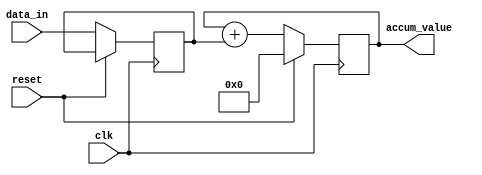
module accumulator(
    input wire clk,
    input wire reset,
    input wire [31:0] data_in,
    output reg [31:0] accum_value
);

reg [31:0] adder_input;
reg [31:0] accum_reg;

always @(posedge clk) begin
    if (reset) begin
        accum_reg <= 32'h00000000;
    end else begin
        adder_input <= data_in;
        accum_reg <= accum_reg + adder_input;
    end
end

assign accum_value = accum_reg;

endmodule